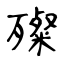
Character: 殩